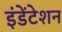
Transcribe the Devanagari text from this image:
इंडेंटेशन